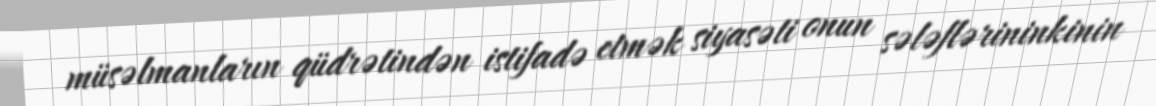
müsəlmanların qüdrətindən istifadə etmək siyasəti onun sələflərininkinin